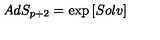
A d S _ { p + 2 } = \exp \left[ S o l v \right]